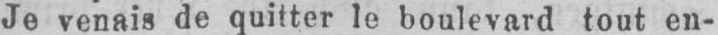
Je venais de quitter le boulevard tout en-